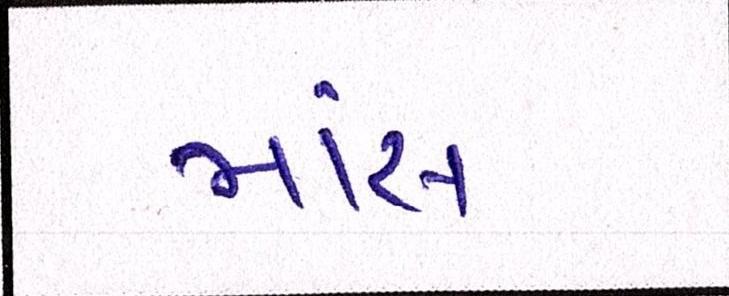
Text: માંસ